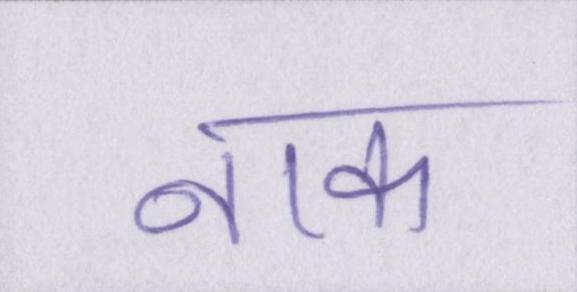
नाक